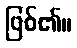
ဖြစ်၏။